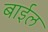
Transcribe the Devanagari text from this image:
बाईल